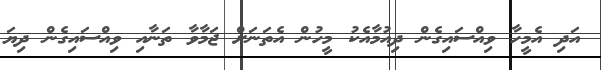
އަދި އެމީހާ ވިއްސައިގެން ދިއުމާއެކު މީހުން އެތަނަށް ޖަމާވާ ތަނާއި ވިއްސައިގެން ދިޔަ